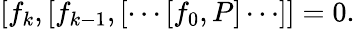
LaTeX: [f_{k},[f_{k-1},[\cdots[f_{0},P]\cdots]]=0.